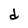
Character: d